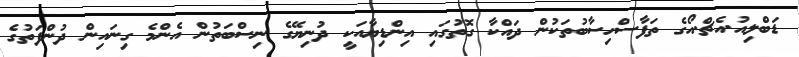
ޑަބްލިއު.އެޗް.އޯގެ ތަފާސްހިސާބުތަކުން ދައްކާ ގޮތުގައި އިންޑިޔާއަކީ ދުނިޔޭގެ ނިސްބަތުން އެންމެ ގިނައިން ދުންފަތުގެ